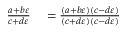
\begin{array} { r l } { { \frac { a + b \varepsilon } { c + d \varepsilon } } } & { { } = { \frac { ( a + b \varepsilon ) ( c - d \varepsilon ) } { ( c + d \varepsilon ) ( c - d \varepsilon ) } } } \end{array}